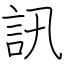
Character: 訊